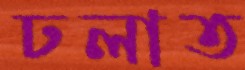
ঢলাত